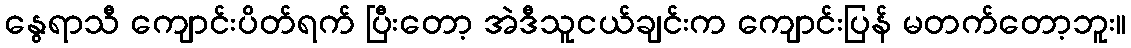
နွေရာသီ ကျောင်းပိတ်ရက် ပြီးတော့ အဲဒီသူငယ်ချင်းက ကျောင်းပြန် မတက်တော့ဘူး။